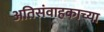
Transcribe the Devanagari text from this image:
अतिसंवाहकाच्या